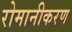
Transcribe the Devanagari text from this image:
रोमानीकरण